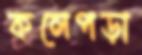
কলেপড়া